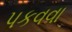
પકવવા